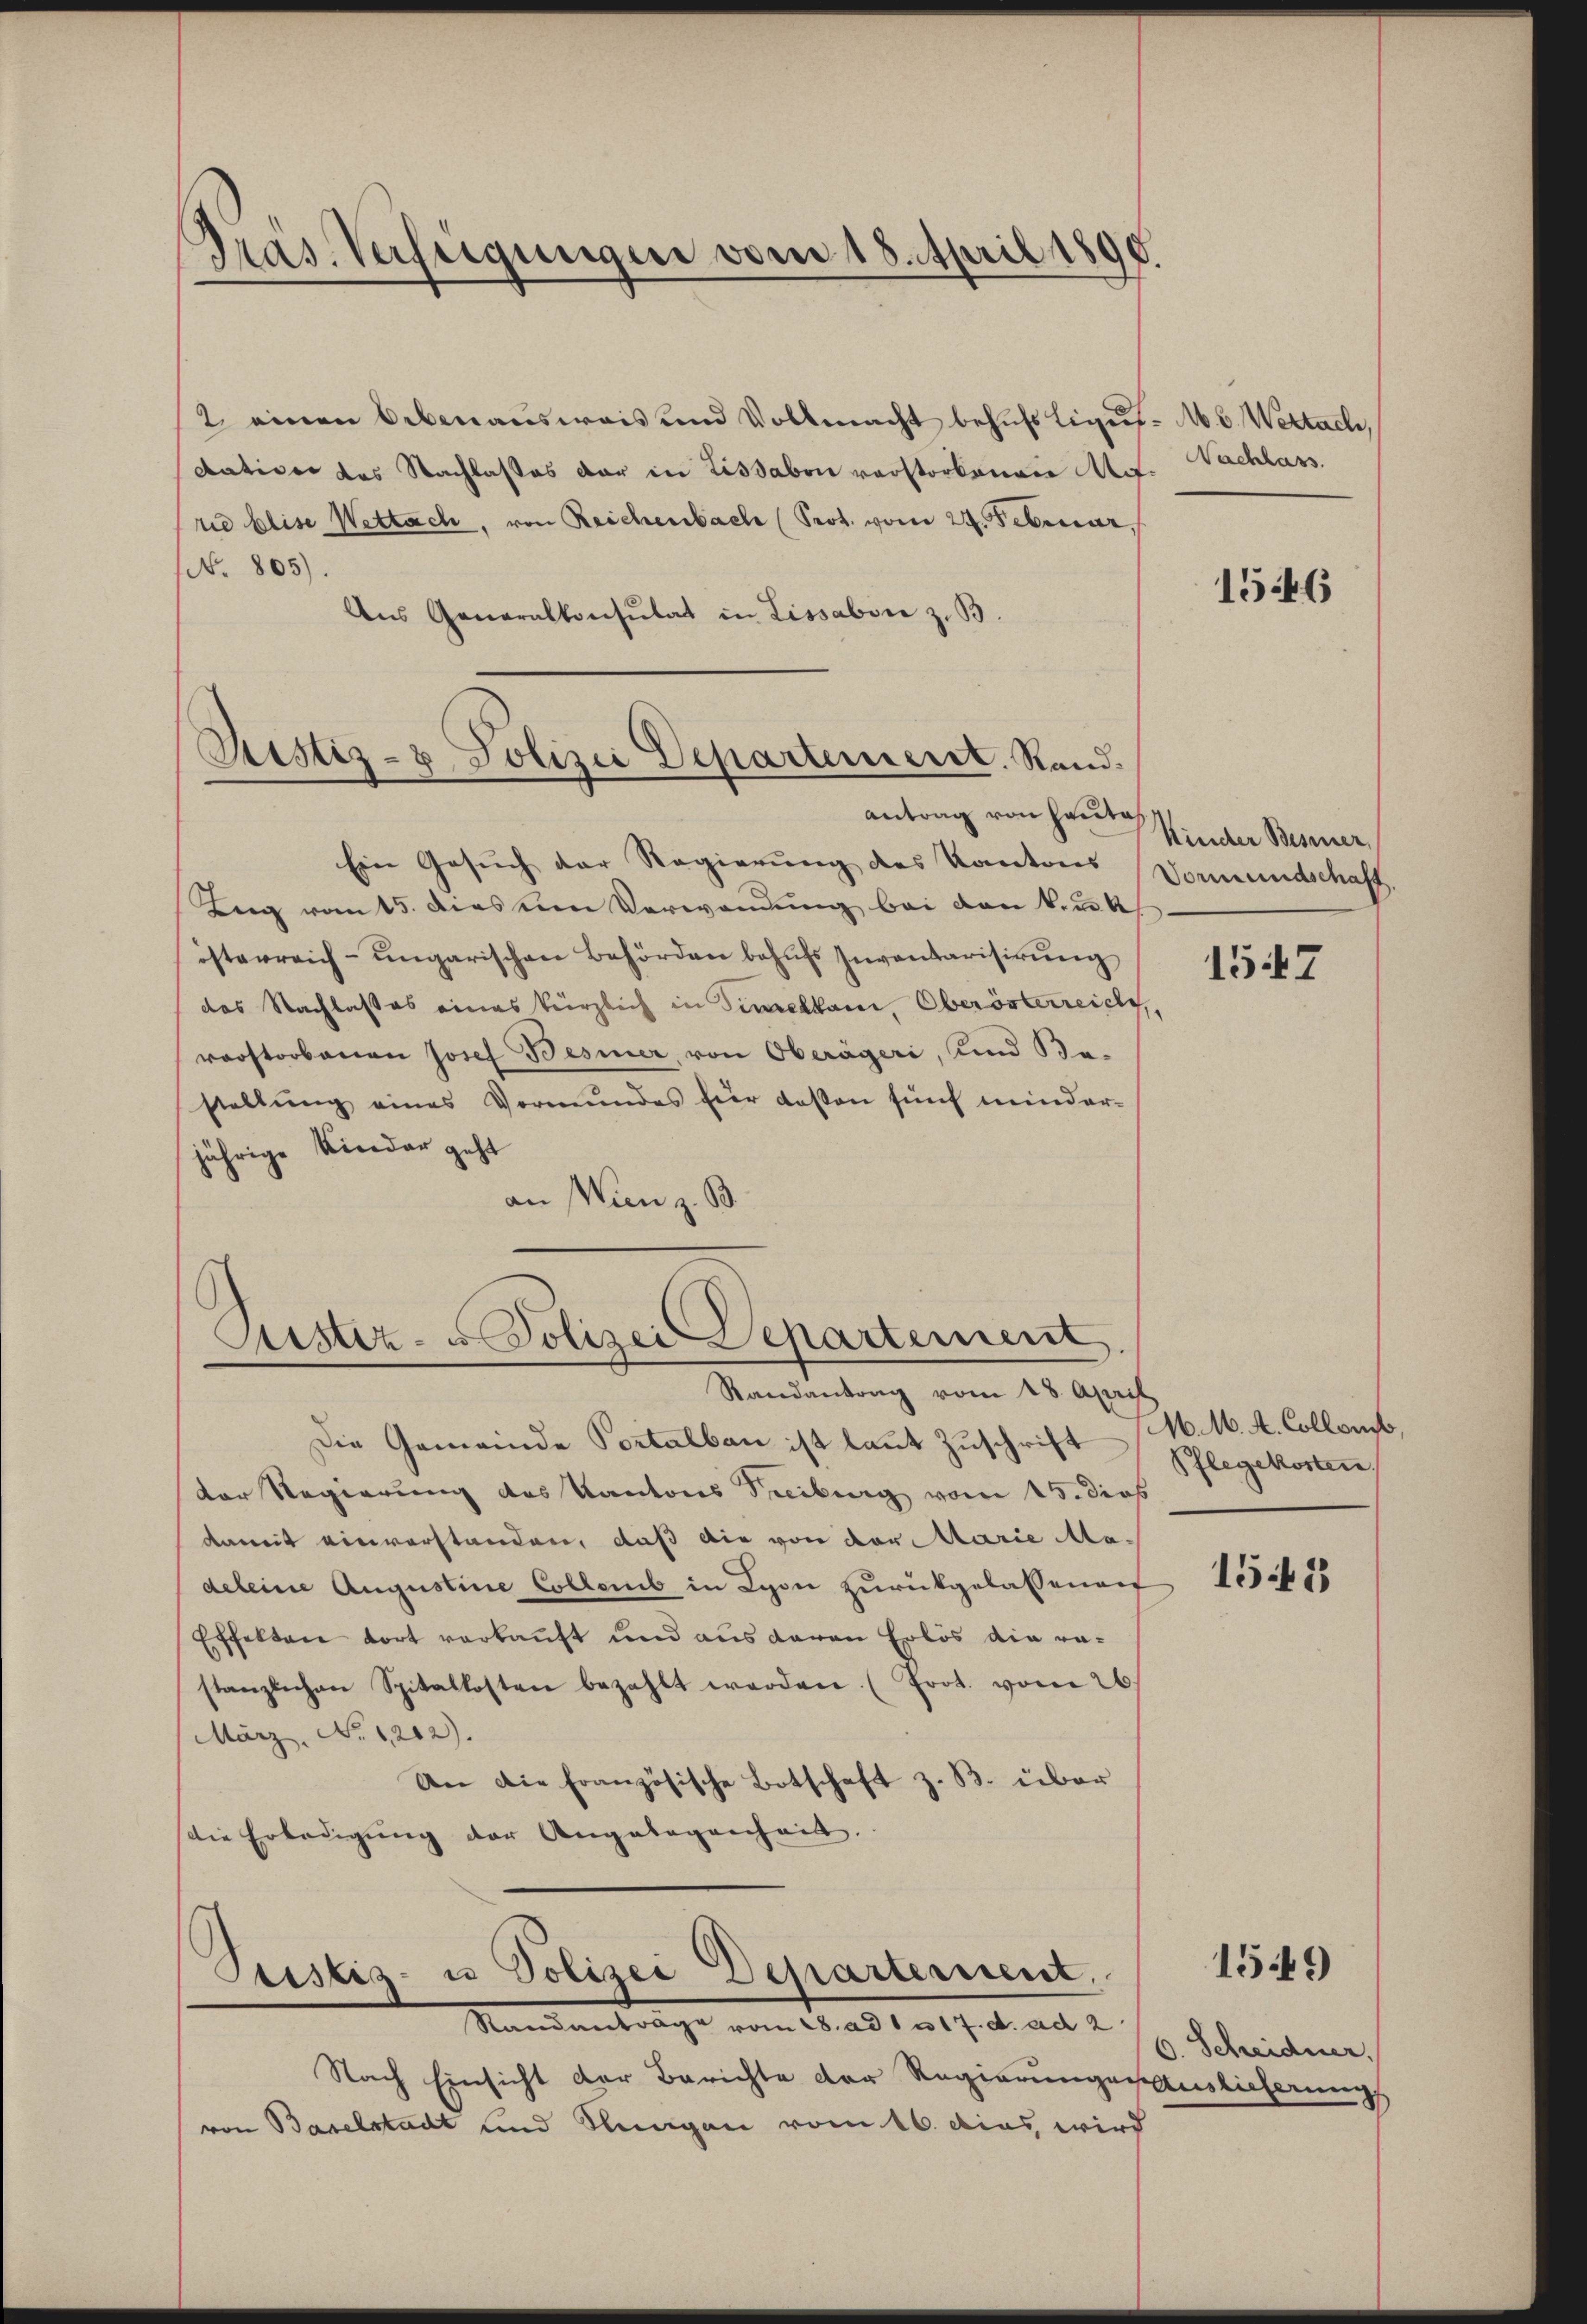
Präs. Verfügungen vom 18. April 1890.

2. einen Obenausweis und Vollmacht behŭfs liget M. C. Wertach,
Aativen das Nachlasses der in Lissabon verstorbenen Act. Nachlass.
rid Elise Wettach, von Reichenbach (Prot. vom 24. Februar,
(N. 805).
Ans Generalkonsulat in Lissabone z. B.

Ristiz- & Polizei Departement. Stand
antrag von Hauta

Justiz- u Polizei Separtement
Randantrag vom 18. April

Puistis- u Polizei Departement.
Standantrage vom 28. ad 1. u 17. d. ad 2.

Ein Gesuch der Regierung des Kantons Vormundschaft
Ang von 15. diesem Verwandung bei den ku
österreich-ungarischen Behörden behufs Inventarisirung
das Nachlasses eines kürzlich in Tinellan, Oberösterreich,
vorstorbenen Josef Besiner, von Oberägeri, und Be-
stellŭng eines Vormundes für deßen fünf minder-
jährige Kinder geht
an Wien z. B.

Die Gemeinde Portalbau ist laut Zuschrift M. M. A. Collent.
der Regierung des Kantons Treiburg vom 15. dies
damit einverstanden, daß die von der Marie Madeleine Augustine Collens in Lyon zurückgelassenen
Effekten dort verkauft und aus daran Erlös die rastanzlichen Spitalkosten bezahlt werden. (Frot. vom 26.
März, No. 1202).
An die französische Botschaft z. B. über
die Erledigung der Angelegenheit.

Nach Einsicht der Berichte der Regierungen Auslicherung
von Baselstadt und Klingen vom 16. dies wird

1546

Kircher Besinner,

1547

Pflegekosten

152

1549

6. Scheidner,